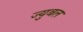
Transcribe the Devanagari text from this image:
ज्युबल